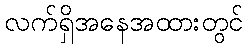
လက်ရှိအနေအထားတွင်